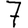
Digit: 7